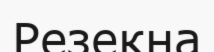
Резекна